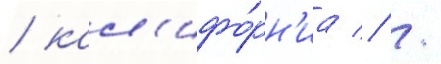
/ кал'ифо́рн'иа // /